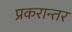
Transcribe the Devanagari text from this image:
प्रकरान्तर